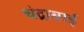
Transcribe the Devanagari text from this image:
चंद्राबाई